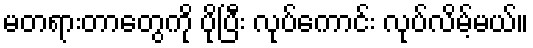
မတရားတာတွေကို ပိုပြီး လုပ်ကောင်း လုပ်လိမ့်မယ်။